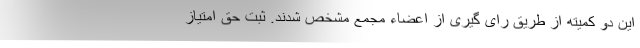
این دو کمیته از طریق رای گیری از اعضاء مجمع مشخص شدند. ثبت حق امتیاز